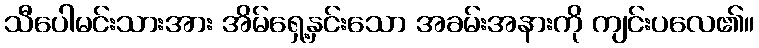
သီပေါမင်းသားအား အိမ်ရှေ့နှင်းသော အခမ်းအနားကို ကျင်းပလေ၏။